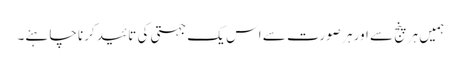
ہمیں ہر پنج سے اور ہر صورت سے اس یک جہتی کی تائید کرنا چاہئے۔